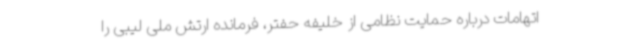
اتهامات درباره حمایت نظامی از خلیفه حفتر، فرمانده ارتش ملی لیبی را